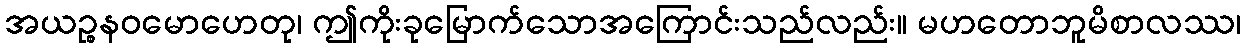
အယဉ္စနဝမောဟေတု၊ ဤကိုးခုမြောက်သောအကြောင်းသည်လည်း။ မဟတောဘူမိစာလဿ၊